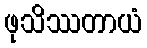
ဖုသိဿတာယံ